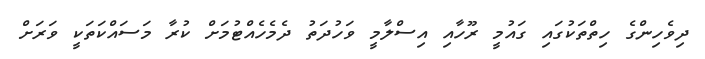
ދިވެހިންގެ ހިތްތަކުގައި ގައުމީ ރޫހާއި އިސްލާމީ ވަހުދަތު ދެމެހެއްޓުމަށް ކުރާ މަސައްކަތަކީ ވަރަށް